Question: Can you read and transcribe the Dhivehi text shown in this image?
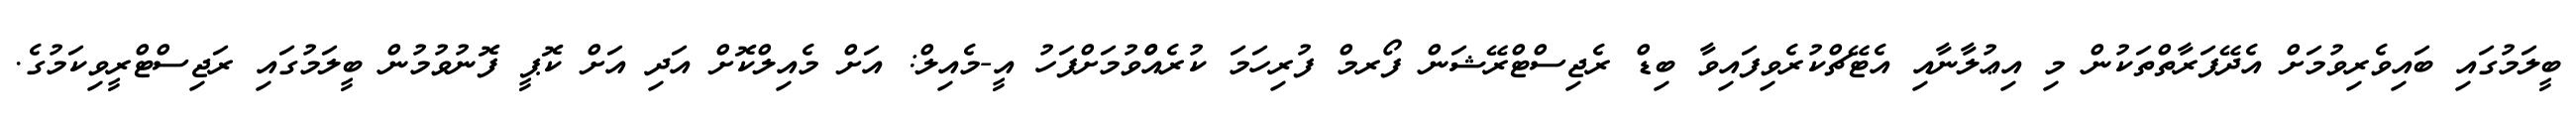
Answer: ބީލަމުގައި ބައިވެރިވުމަށް އެދޭފަރާތްތަކުން މި އިޢުލާނާއި އެޓޭޗްކުރެވިފައިވާ ބިޑް ރެޖިސްޓްރޭޝަން ފޯރމް ފުރިހަމަ ކުރެއްްވުމަށްފަހު އީ-މެއިލް: އަށް މެއިލްކޮށް އަދި އަށް ކޮޕީ ފޮނުވުމުން ބީލަމުގައި ރަޖިސްޓްރީވިކަމުގެ.